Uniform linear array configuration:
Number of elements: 12
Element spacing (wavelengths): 1
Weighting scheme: exponential
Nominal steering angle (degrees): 0
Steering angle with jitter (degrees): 1.628
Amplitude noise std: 0.05
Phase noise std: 0.05

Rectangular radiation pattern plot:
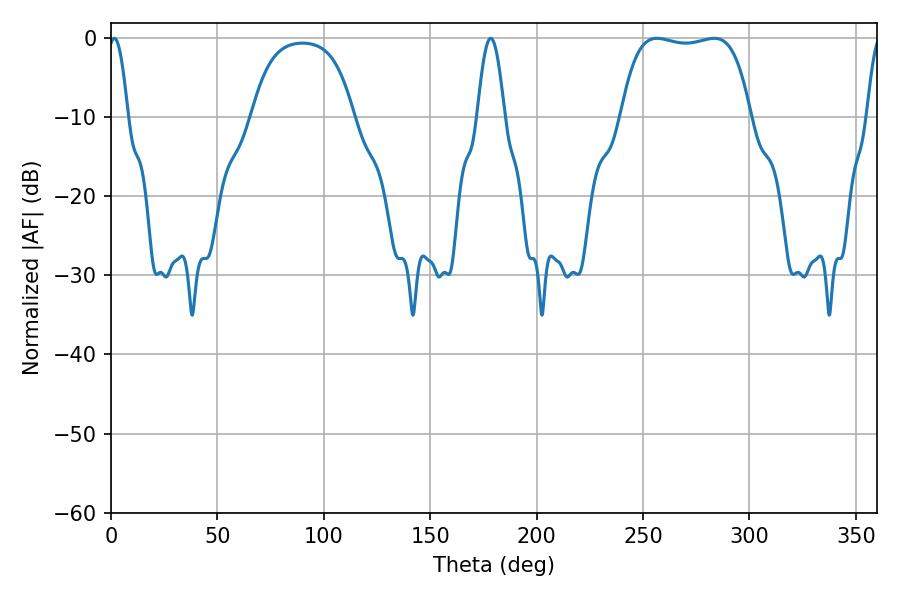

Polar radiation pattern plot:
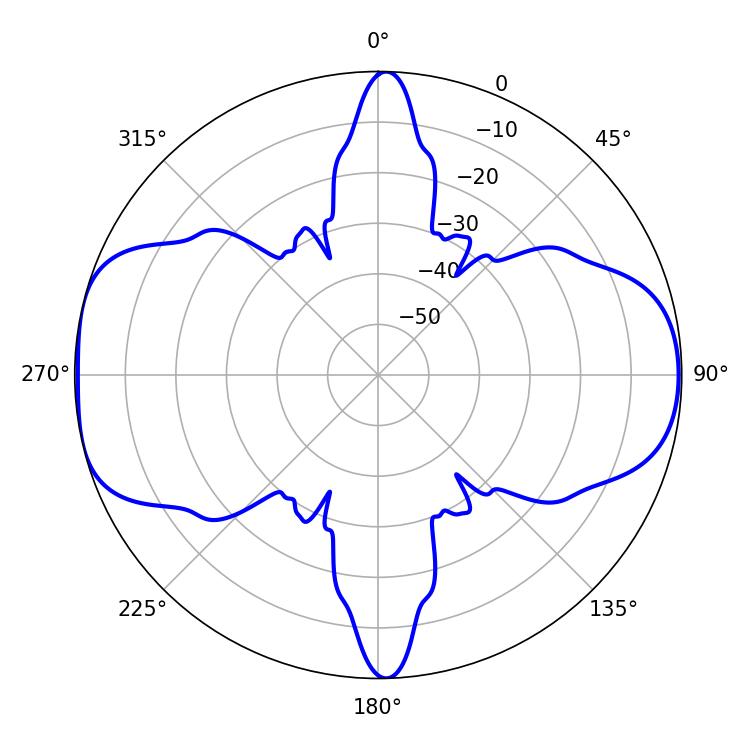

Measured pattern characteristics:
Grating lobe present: TRUE
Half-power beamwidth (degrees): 48.24
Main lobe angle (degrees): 256.5